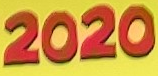
2020